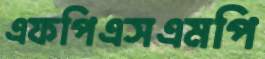
এফপিএসএমপি